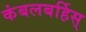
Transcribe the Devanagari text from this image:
कंबलबर्हिस्